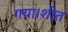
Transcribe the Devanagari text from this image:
गया।शीत